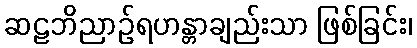
ဆဠဘိညာဉ်ရဟန္တာချည်းသာ ဖြစ်ခြင်း၊